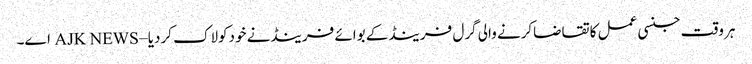
ہروقت جنسی عمل کاتقاضاکرنے والی گرل فرینڈکے بوائے فرینڈنے خودکولاک کردیا – AJK NEWS اے۔